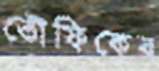
তৌফিকের